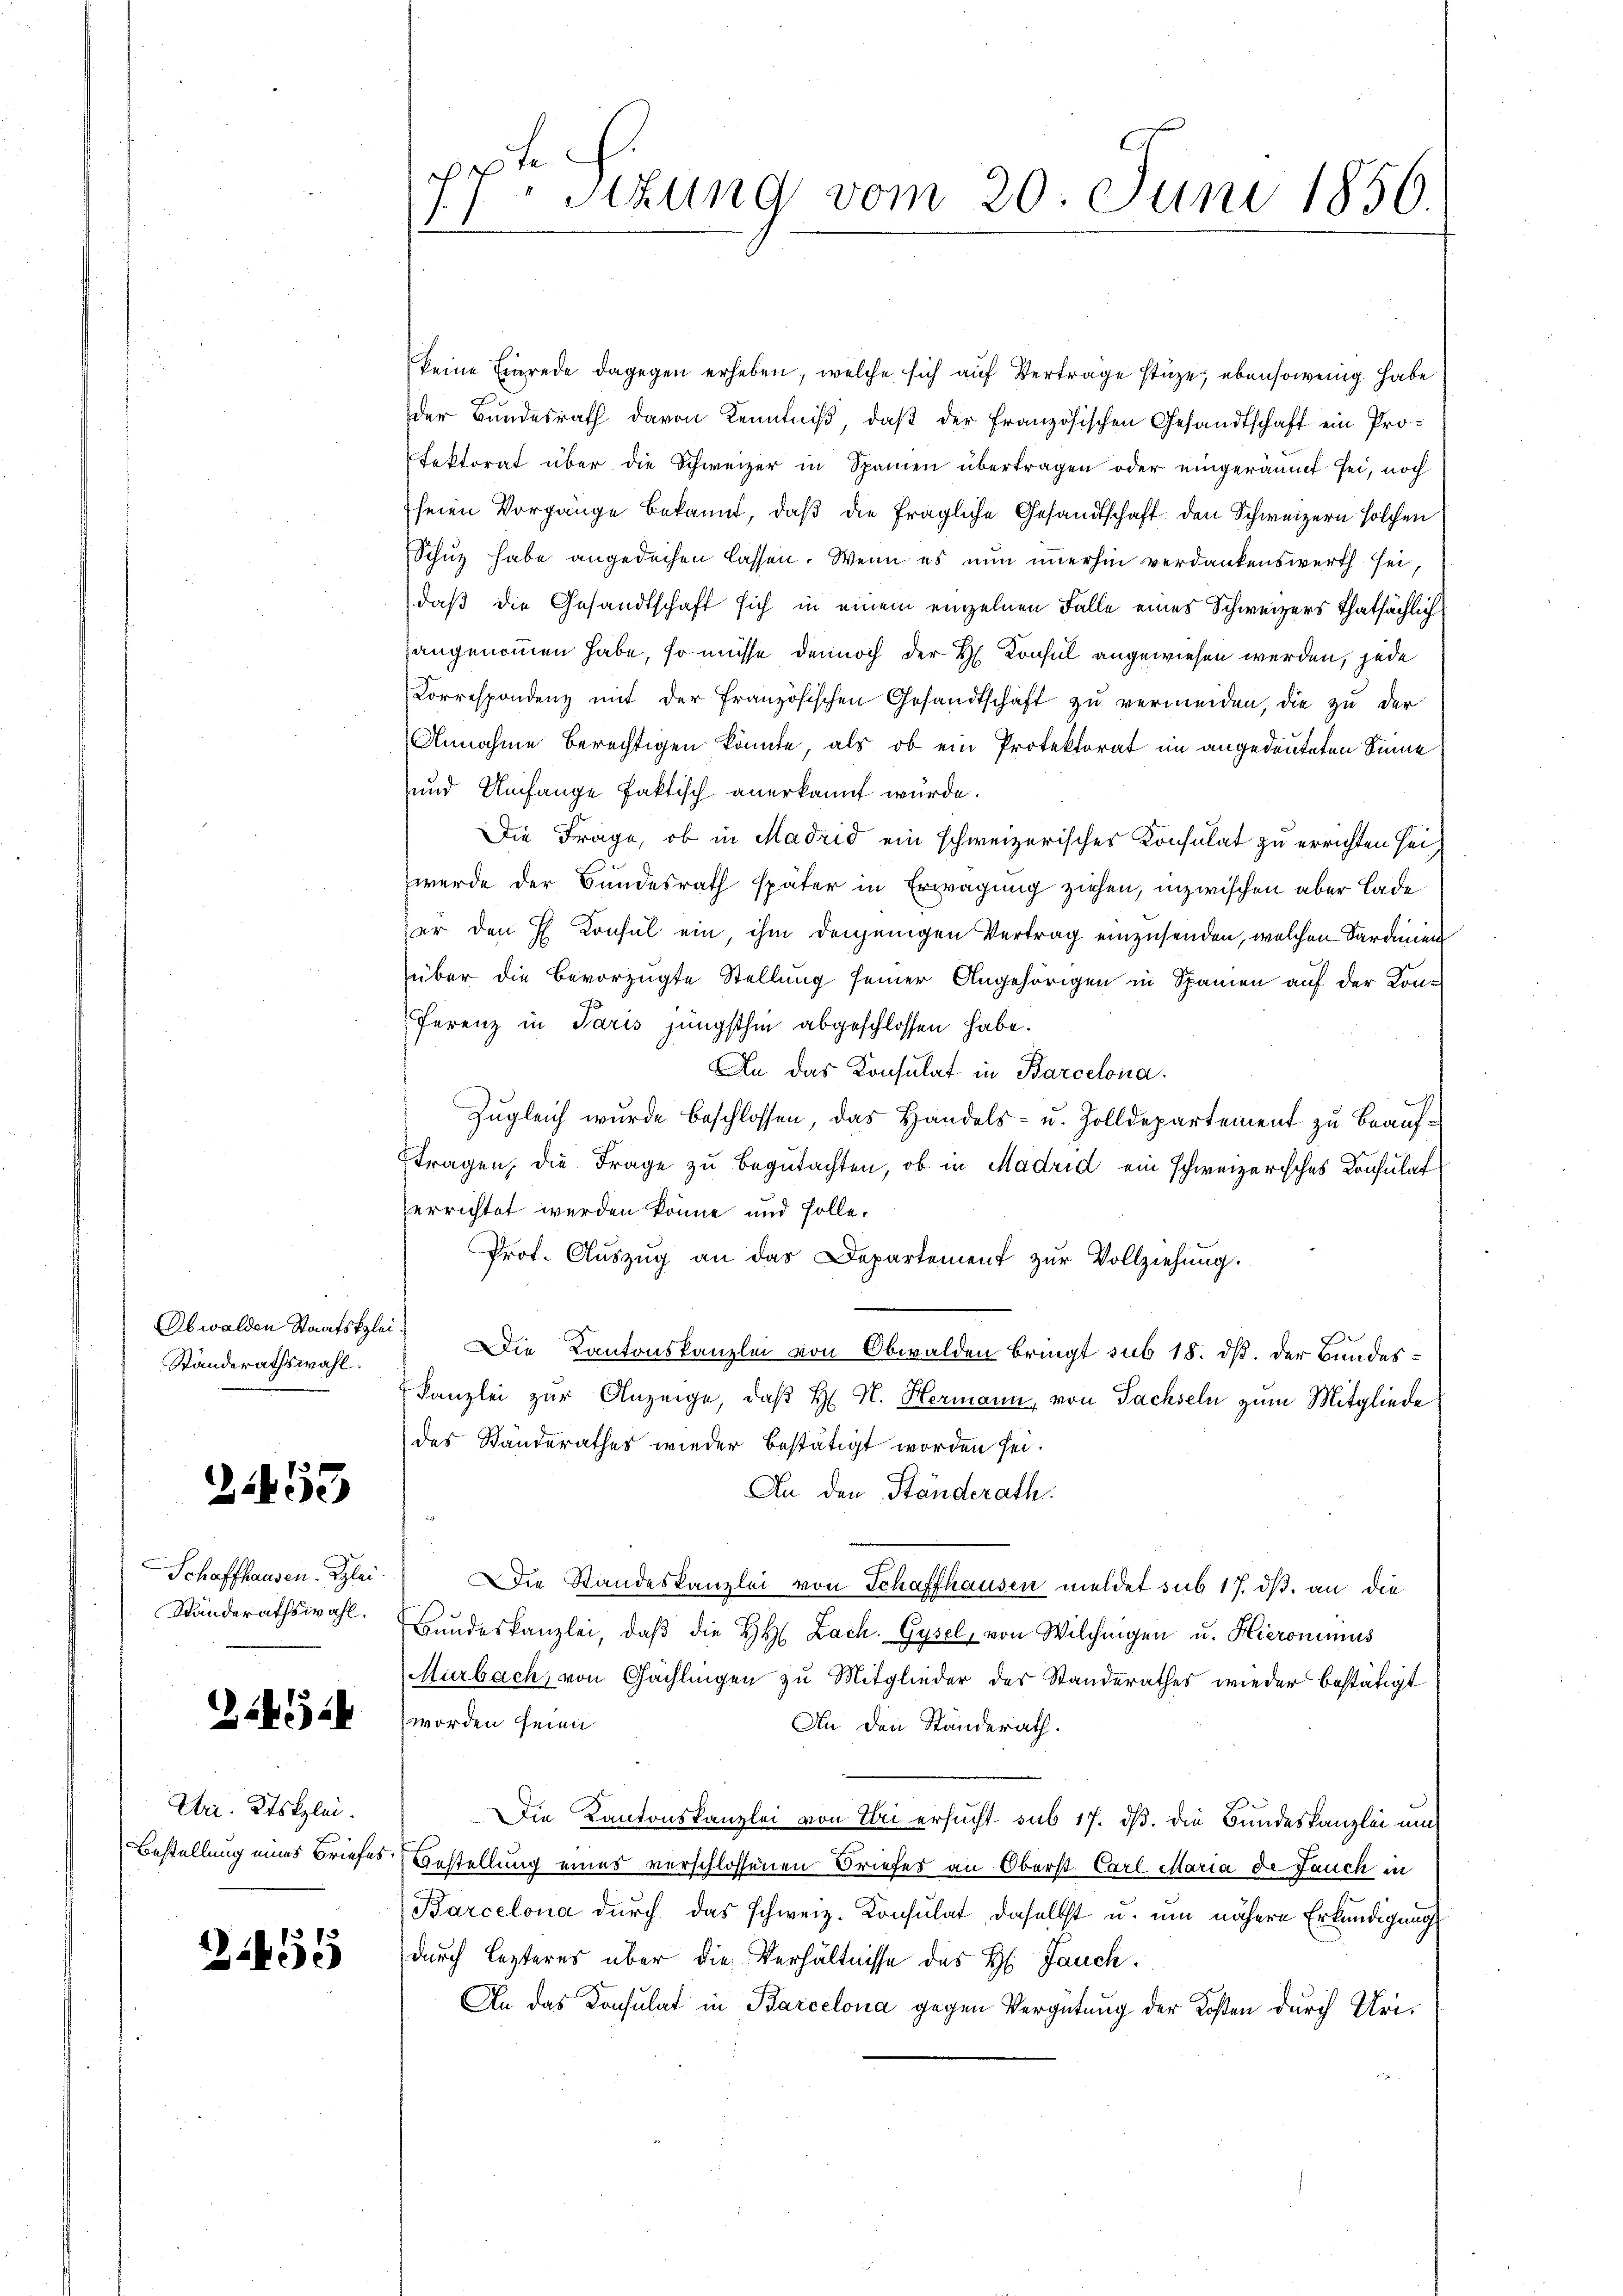
Obwalden Staatsklei¬
Standerathswahl.

259

Standerathswahl.

1454

Uri. Ktsklei

1459

pete
1 schung vom 20. Juni 1856.

keine Einrede dagegen erheben, welche sich auf Vertrage stüze; ebensowenig habe
der Bundesrath davon Kenntniß, daß der Französischen Gesandtschaft ein Protektorat über die Schweizer in Spanien übertragen oder eingeräumt sei, noch
seien Vorgänge bekannt, daß die fragliche Gesandtschaft den Schweizern solchen
Schuz habe angedeihen lassen. Wenn es nun immerhin verdankenswerth sei,
daß die Gesandtschaft sich in einem einzelnen Falle eines Schweizers thatsächlichangenommen habe, so müsse dennoch der H. Konsul angewiesen werden, jede
Correspondenz mit der Französischen Gesandtschaft zu vermeiden, die zu der
Annahme berechtigen könnte, als ob ein Protektorat im angedeuteten Sinne
und Umfange faktisch anerkannt wurde.
Die Frage, ob in Madrid ein schweizerisches Konsulat zu errichten sei,
wurde der Bundesrath später in Erwägung ziehen, inzwischen aber Lade
er den H. Konsul ein, ihm denjenigen Vertrag einzusenden, welchen Sardinien
über die bevorzugte Stellung seiner Angehörigen in Spanien auf der Konferenz in Paris jüngsthin abgeschlossen habe.
An das Konsulat in Barcelona.
Zugleich wurde beschlossen, das Handels- u. Zolldepartement zu beauftragen, die Frage zu begutachten, ob in Madrid ein schweizerisches Konsulat
errichtet werden könne und solle.
Prof. Auszug an das Departement. zur Vollziehung.
Die Kantonskanzlei von Obwalden bringt sub 18. ds. der Bundes¬
Kanzlei zur Anzeige, daß H. H. Hermann, von Sachseln zum Mitgliede
des Standerathes wieder bestätigt worden sei.
An den Ständerath
Schaffhausen. Glei. Die Standeskanzlei von Schaffhausen meldet sub 17. dβ an die
Bundeskanzlei, daβ die HH. Zach. Gysel, von Wilchingen u. Hieroninus
Murbach, von Gächlingen zu Mitglieder der Standerathes wieder bestätigt
worden seien
An den Ständerath.
Die Kantonskanzlei von Eri ersucht sub 17. ds. die Bundeskanzlei und
Bestellung eines Briefes Bestellung eines verschlossenen Briefes an Oberst Carl Maria de Jauch in
Barcelona durch das schweiz. Konsulat daselbst u. um nähere Erkundigung
durch lezteres über die Verhältnisse des H. Jauch.
An das Konsulat in Barcelona gegen Vergütung der Kosten durch Uri¬